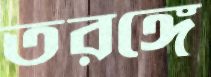
তরঙ্গে